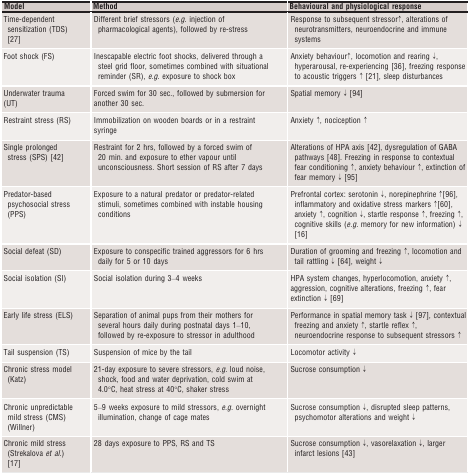
<table><thead><tr><td><b>Model</b></td><td><b>Method</b></td><td><b>Behavioural and physiological response</b></td></tr></thead><tbody><tr><td>Time‐dependent sensitization (TDS) 27</td><td>Different brief stressors (<i>e.g</i>. injection of pharmacological agents), followed by re‐stress</td><td>Response to subsequent stressor↑, alterations of neurotransmitters, neuroendocrine and immune systems</td></tr><tr><td>Foot shock (FS)</td><td>Inescapable electric foot shocks, delivered through a steel grid floor, sometimes combined with situational reminder (SR), <i>e.g</i>. exposure to shock box</td><td>Anxiety behaviour↑, locomotion and rearing ↓, hyperarousal, re‐experiencing 36, freezing response to acoustic triggers ↑ 21, sleep disturbances</td></tr><tr><td>Underwater trauma (UT)</td><td>Forced swim for 30 sec., followed by submersion for another 30 sec.</td><td>Spatial memory ↓ 94</td></tr><tr><td>Restraint stress (RS)</td><td>Immobilization on wooden boards or in a restraint syringe</td><td>Anxiety ↑, nociception ↑</td></tr><tr><td>Single prolonged stress (SPS) 42</td><td>Restraint for 2 hrs, followed by a forced swim of 20 min. and exposure to ether vapour until unconsciousness. Short session of RS after 7 days</td><td>Alterations of HPA axis 42, dysregulation of GABA pathways 48. Freezing in response to contextual fear conditioning ↑, anxiety behaviour ↑, extinction of fear memory ↓ 95</td></tr><tr><td>Predator‐based psychosocial stress (PPS)</td><td>Exposure to a natural predator or predator‐related stimuli, sometimes combined with instable housing conditions</td><td>Prefrontal cortex: serotonin ↓, norepinephrine ↑96, inflammatory and oxidative stress markers ↑60, anxiety ↑, cognition ↓, startle response ↑, freezing ↑, cognitive skills (<i>e.g</i>. memory for new information) ↓ 16</td></tr><tr><td>Social defeat (SD)</td><td>Exposure to conspecific trained aggressors for 6 hrs daily for 5 or 10 days</td><td>Duration of grooming and freezing ↑, locomotion and tail rattling ↓ 64, weight ↓</td></tr><tr><td>Social isolation (SI)</td><td>Social isolation during 3–4 weeks</td><td>HPA system changes, hyperlocomotion, anxiety ↑, aggression, cognitive alterations, freezing ↑, fear extinction ↓ 69</td></tr><tr><td>Early life stress (ELS)</td><td>Separation of animal pups from their mothers for several hours daily during postnatal days 1–10, followed by re‐exposure to stressor in adulthood</td><td>Performance in spatial memory task ↓ 97, contextual freezing and anxiety ↑, startle reflex ↑, neuroendocrine response to subsequent stressors ↑</td></tr><tr><td>Tail suspension (TS)</td><td>Suspension of mice by the tail</td><td>Locomotor activity ↓</td></tr><tr><td>Chronic stress model (Katz)</td><td>21‐day exposure to severe stressors, <i>e.g</i>. loud noise, shock, food and water deprivation, cold swim at 4.0°C, heat stress at 40°C, shaker stress</td><td>Sucrose consumption ↓</td></tr><tr><td>Chronic unpredictable mild stress (CMS) (Willner)</td><td>5–9 weeks exposure to mild stressors, <i>e.g</i>. overnight illumination, change of cage mates</td><td>Sucrose consumption ↓, disrupted sleep patterns, psychomotor alterations and weight ↓</td></tr><tr><td>Chronic mild stress (Strekalova <i>et al</i>.) 17</td><td>28 days exposure to PPS, RS and TS</td><td>Sucrose consumption ↓, vasorelaxation ↓, larger infarct lesions 43</td></tr></tbody></table>